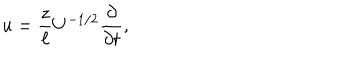
u = \frac { z } { \ell } U ^ { - 1 / 2 } \frac { \partial } { \partial t } ,